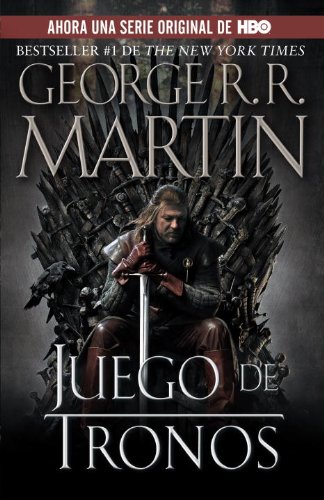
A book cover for Juego de Tronos (Spanish Edition); George R. R. Martin; Science Fiction & Fantasy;